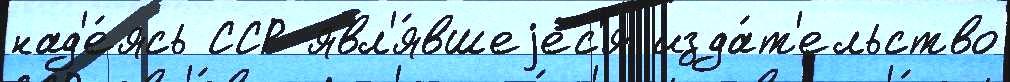
над'е́ясь ССР явл'я́вшеjес'я изда́т'ельство